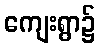
ကျေးရွာ၌